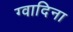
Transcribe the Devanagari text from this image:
ग्वादिना